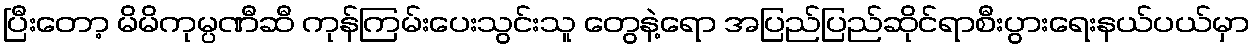
ပြီးတော့ မိမိကုမ္ပဏီဆီ ကုန်ကြမ်းပေးသွင်းသူ တွေနဲ့ရော အပြည်ပြည်ဆိုင်ရာစီးပွားရေးနယ်ပယ်မှာ